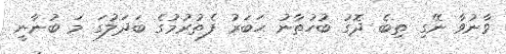
ވާނުވާ ނޭގި ތިބެ ދޮގު ބުހުތާނު ޙަބަރު ފެތުރުމުގެ ބަދަލުގަ މަ ބުނާނީ